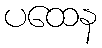
ပထေန